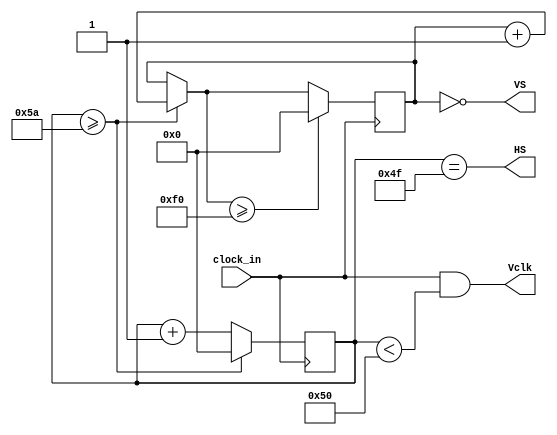
module timing_gen (clock_in, HS, VS, Vclk);

parameter screenWidth = 80;
parameter screenHeight = 240;
parameter lineBlank = 10;

initial begin
	counterX = 0;
	counterY = 0;
end

input clock_in;
output HS;
output VS;
output Vclk;

reg [10:0] counterX;  
reg [10:0] counterY;  
wire HS = (counterX==screenWidth-1);
wire VS = (counterY==0);
wire Vclk = clock_in && (counterX < screenWidth);

always @(posedge clock_in) begin
	if (counterX >= screenWidth+lineBlank) begin
		counterX = 0;
		counterY = counterY +1;
	end else begin
		counterX = counterX +1;
	end
	if (counterY >= screenHeight) begin
		counterY = 0;
	end
end

endmodule